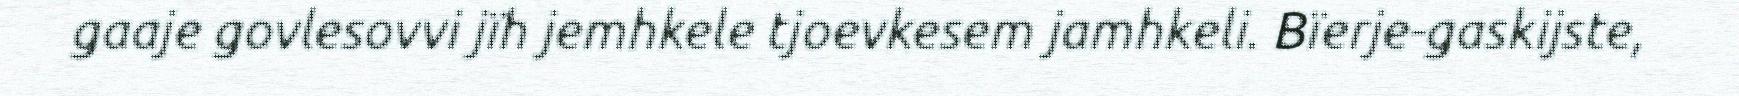
gaaje govlesovvi jïh jemhkele tjoevkesem jamhkeli. Bïerje-gaskijste,